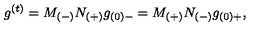
g ^ { ( t ) } = M _ { ( - ) } N _ { ( + ) } g _ { ( 0 ) - } = M _ { ( + ) } N _ { ( - ) } g _ { ( 0 ) + } ,